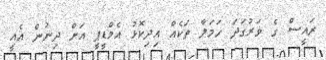
ރައީސް ގެ ވަރުގަަދަ ހަމަލާ ތަކެއް އިދިކޮޅު އެމްޑީޕީ އަށް ދިނުން އެއީ